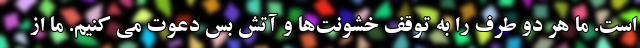
است. ما هر دو طرف را به توقف خشونت‌ها و آتش بس دعوت می کنیم. ما از